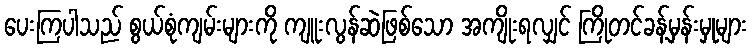
ပေးကြပါသည် စွယ်စုံကျမ်းများကို ကျူးလွန်ဆဲဖြစ်သော အကျိုးရလျှင် ကြိုတင်ခန့်မှန်းမှုများ